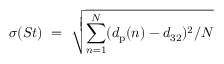
\sigma ( S t ) ~ = ~ \sqrt { \sum _ { n = 1 } ^ { N } ( d _ { \mathrm { p } } ( n ) - d _ { 3 2 } ) ^ { 2 } / N }